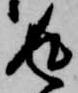
返